Source: Handwritten
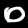
Digit: ၀ (0)